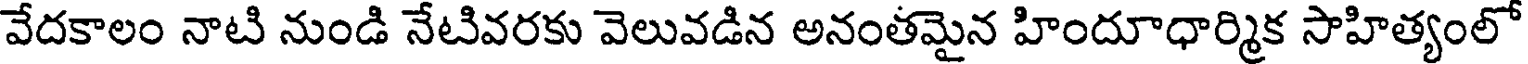
వేదకాలం నాటి నుండి నేటివరకు వెలువడిన అనంతమైన హిందూధార్మిక సాహిత్యంలో